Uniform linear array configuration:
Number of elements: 64
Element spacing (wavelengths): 0.5
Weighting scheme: kaiser
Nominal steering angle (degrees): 0
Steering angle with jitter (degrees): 0.511
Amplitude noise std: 0.05
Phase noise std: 0.05

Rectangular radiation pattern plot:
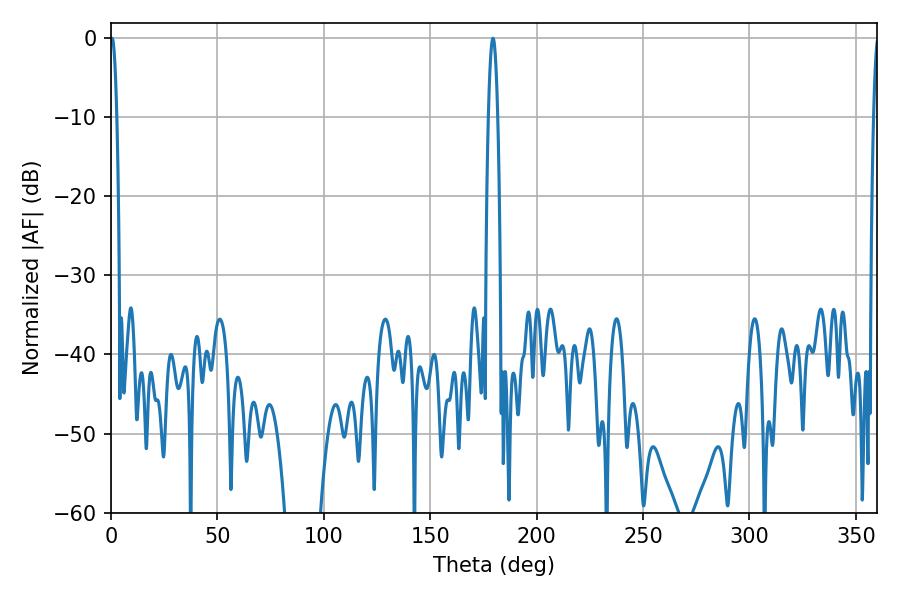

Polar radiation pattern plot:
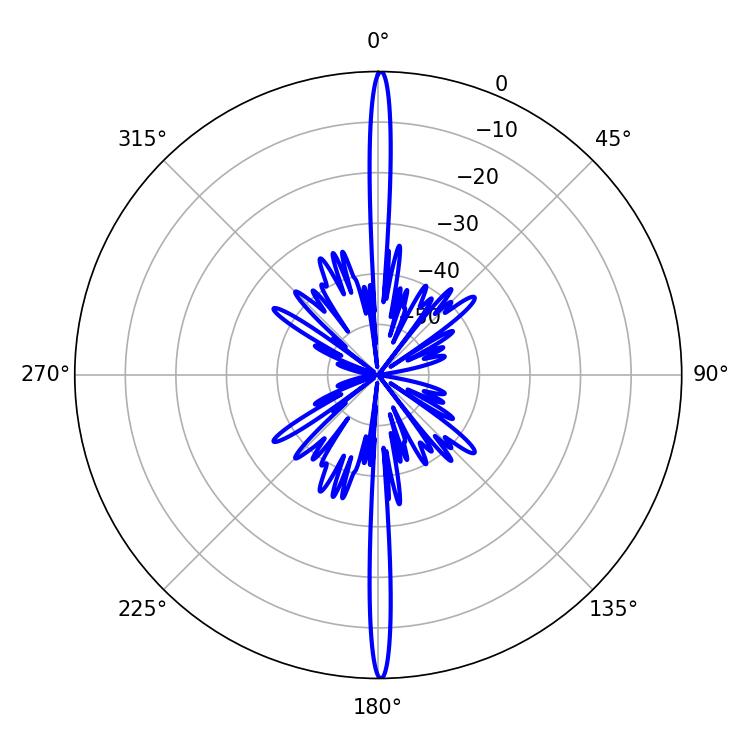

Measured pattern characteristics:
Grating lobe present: FALSE
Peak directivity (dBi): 34.069
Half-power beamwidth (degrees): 1.62
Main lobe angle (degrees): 0.54